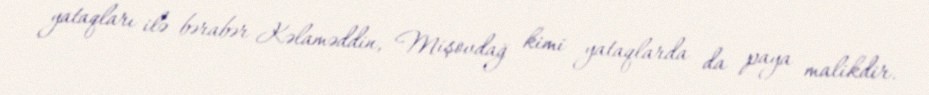
yataqları ilə bərabər Kəlaməddin, Mişovdağ kimi yataqlarda da paya malikdir.